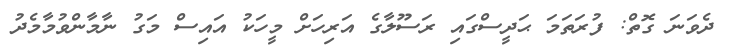
ދެވަނަ ގޮތް: ފުރަތަމަ ޙަދީސްގައި ރަސޫލާގެ އަރިހަށް މީހަކު އައިސް މަގު ނާމާންވުމާމެދު